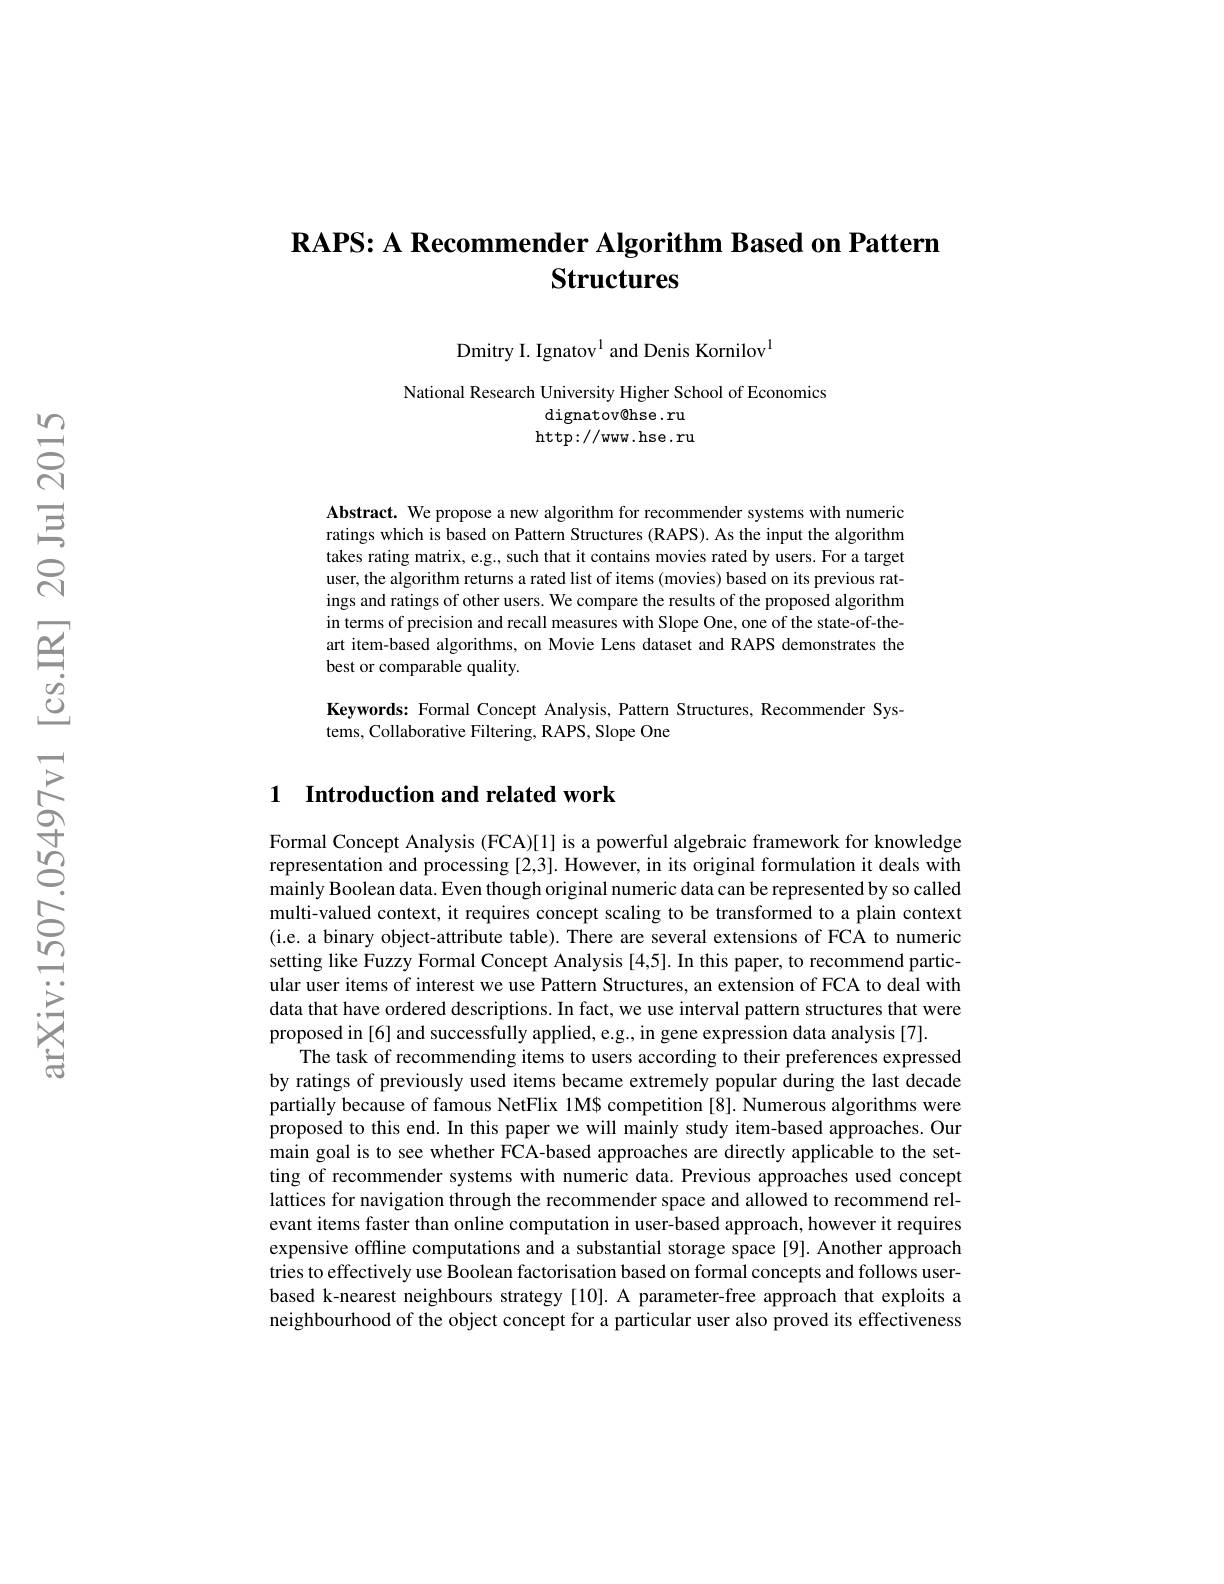
## $\textbf{RAPS: A Recommender Algorithm Based on Pattern}$ Structures

Dmitry I. Ignatov$^{1}$ and Denis Kornilov$^{1}$

National Research University Higher School of Economics
dignatov@hse.ru http: / / ww. hse. ru

Abstract. We propose a new algorithm for recommender systems with numeric ratings which is based on Pattern Structures (RAPS). As the input the algorithm takes rating matrix, e.g., such that it contains movies rated by users. For a target user, the algorithm returns a rated list of items (movies) based on its previous ratings and ratings of other users. We compare the results of the proposed algorithm in terms of precision and recall measures with Slope One, one of the state-of-theart item-based algorithms, on Movie Lens dataset and RAPS demonstrates the best or comparable quality.

Keywords: Formal Concept Analysis, Pattern Structures, Recommender Sys-
tems, Collaborative Filtering, RAPS, Slope One

## 1 Introduction and related work

Formal Concept Analysis (FCA)[1] is a powerful algebraic framework for knowledge representation and processing [2,3]. However, in its original formulation it deals with mainly Boolean data. Even though original numeric data can be represented by so called multi-valued context, it requires concept scaling to be transformed to a plain context (i.e. a binary object-attribute table). There are several extensions of FCA to numeric setting like Fuzzy Formal Concept Analysis [4,5]. In this paper, to recommend particular user items of interest we use Pattern Structures, an extension of FCA to deal with data that have ordered descriptions. In fact, we use interval pattern structures that were proposed in [6] and successfully applied, e.g., in gene expression data analysis [7].
The task of recommending items to users according to their preferences expressed by ratings of previously used items became extremely popular during the last decade partially because of famous NetFlix 1M$ competition [8]. Numerous algorithms were proposed to this end. In this paper we will mainly study item-based approaches. Our main goal is to see whether FCA-based approaches are directly applicable to the setting of recommender systems with numeric data. Previous approaches used concept lattices for navigation through the recommender space and allowed to recommend relevant items faster than online computation in user-based approach, however it requires expensive offline computations and a substantial storage space [9]. Another approach tries to effectively use Boolean factorisation based on formal concepts and follows userbased k-nearest neighbours strategy [10]. A parameter-free approach that exploits a neighbourhood of the object concept for a particular user also proved its effectiveness